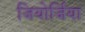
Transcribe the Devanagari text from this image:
जियोर्जिया